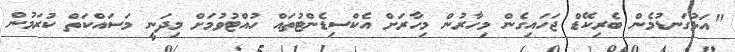
"އަޅުގަނޑުމެން ބެރިކޭޑް ޖަހައިގެން މިހާރުން މިހާރަށް އެކްސިޑެންޓުތައް ހުއްޓުވުމަށް މިދަނީ މަސައްކަތް ކުރަމުން